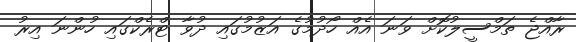
ރާއްޖެ ތަމްސީލުކޮށް ވަނަ އެއް ހޯދުމުގެ އަޒުމުގައި ދުވާ ޓްރެކްގައި ހުންނަ އިރު